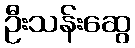
ဦးသန်းဆွေ